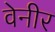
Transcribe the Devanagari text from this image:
वेनीर